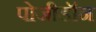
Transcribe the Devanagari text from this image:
पोजीडॉन